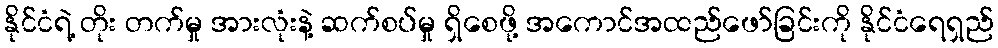
နိုင်ငံရဲ့ တိုး တက်မှု အားလုံးနဲ့ ဆက်စပ်မှု ရှိစေဖို့ အကောင်အထည်ဖော်ခြင်းကို နိုင်ငံရေရှည်